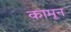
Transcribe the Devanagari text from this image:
कामून